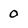
Character: 0